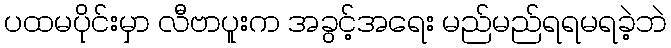
ပထမပိုင်းမှာ လီဗာပူးက အခွင့်အရေး မည်မည်ရရမရခဲ့ဘဲ